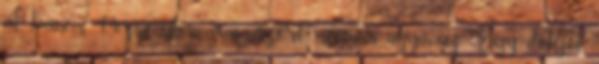
át, hanem Pozsonyban, ami azért mégsem ugyanaz. Egy dolgot